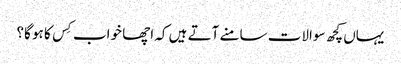
یہاں کچھ سوالات سامنے آتے ہیں کہ اچھا خواب کِس کا ہو گا؟